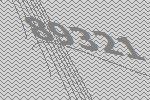
89321